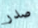
صدر